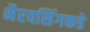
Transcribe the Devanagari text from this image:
भैरवसिंगकडे